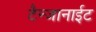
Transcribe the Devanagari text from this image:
टैन्जानाईट